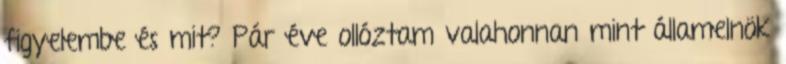
figyelembe és mit? Pár éve ollóztam valahonnan mint államelnök